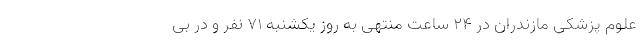
علوم پزشکی مازندران در ۲۴ ساعت منتهی به روز یکشنبه ۷۱ نفر و در بی